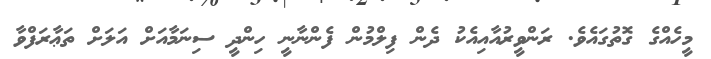
މީހެއްގެ ގޮތުގައެވެ. ރަންވީރުއާއިއެކު ދެން ފިލްމުން ފެންނާނީ ހިންދީ ސިނަމާއަށް އަލަށް ތަޢާރަފްވާ